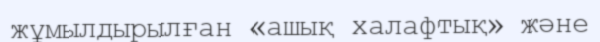
жұмылдырылған «ашық халафтық» және